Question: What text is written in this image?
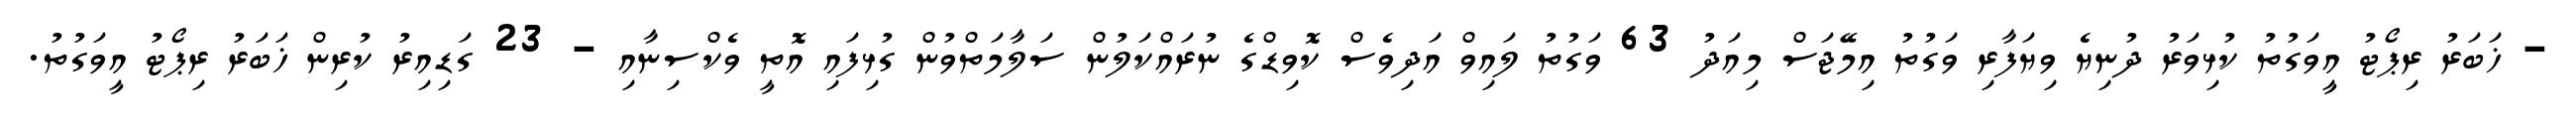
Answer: - ޚަބަރު ރިޕޯޓު އީވަގުތު ކުޅިވަރު ދުނިޔެ ވިޔަފާރި ވަގުތު އިމޭޖަސް މިއަދު 63 ވަގުތު ލައިވް އަދިވެސް ކޮވިޑްގެ ނުރައްކަލުން ސަލާމަތްވުން ގުޅިފައި އޮތީ ވެކްސިނާއި - 23 ގަޑިއިރު ކުރިން ޚަބަރު ރިޕޯޓު އީވަގުތު.